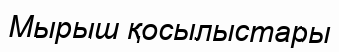
Мырыш қосылыстары